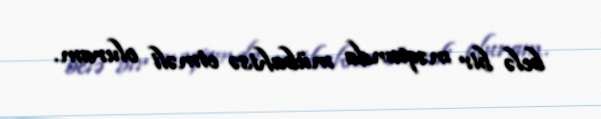
belə bir məqamda mübahisə etməli oluram.